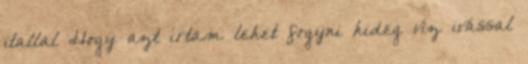
itallal Hogy azt írtam lehet fogyni hideg víz ivással